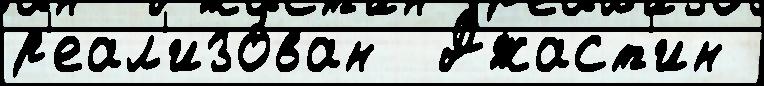
р'еал'изо́ван  Джаст'ин